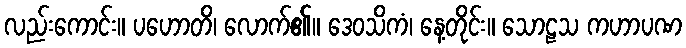
လည်းကောင်း။ ပဟောတိ၊ လောက်၏။ ဒေဝသိကံ၊ နေ့တိုင်း။ သောဠသ ကဟာပဏ